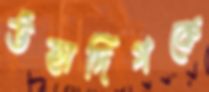
উঁহাদিগকে